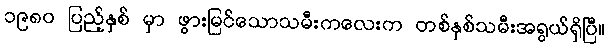
၁၉၈ဝ ပြည့်နှစ် မှာ ဖွားမြင်သောသမီးကလေးက တစ်နှစ်သမီးအရွယ်ရှိပြီ။